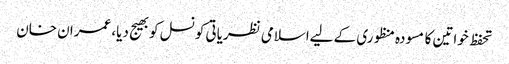
تحفظ خواتین کا مسودہ منظوری کے لیےاسلامی نظریاتی کونسل کوبھیج دیا، عمران خان